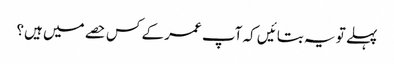
پہلے تو یہ بتائیں کہ آپ عمر کے کس حصے میں‌ ہیں؟